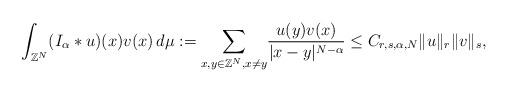
LaTeX: \begin{align*}\int_{\mathbb{Z}^N}(I_\alpha\ast u)(x)v(x)\,d\mu:=\underset {x,y\in\mathbb{Z}^N, x\neq y}{\sum}\frac{u(y)v(x)}{|x-y|^{N-\alpha}}\leq C_{r,s,\alpha,N}\|u\|_r\|v\|_s,\end{align*}